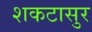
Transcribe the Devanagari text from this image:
शकटासुर